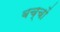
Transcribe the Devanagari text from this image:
बच्चोंं